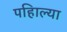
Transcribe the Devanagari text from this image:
पहिाल्या